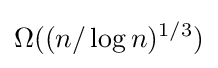
\Omega ((n/\log n)^{1/3})